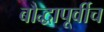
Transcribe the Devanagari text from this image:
बौद्धापूर्वीच